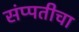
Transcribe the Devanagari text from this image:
संप्पतीचा